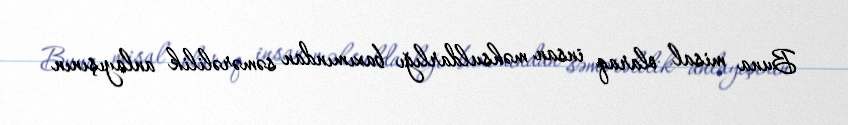
Buna misal olaraq insan məhsuldarlığı baxımından səmərəlilik anlayışının